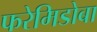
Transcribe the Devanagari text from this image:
फरेमिडोबा